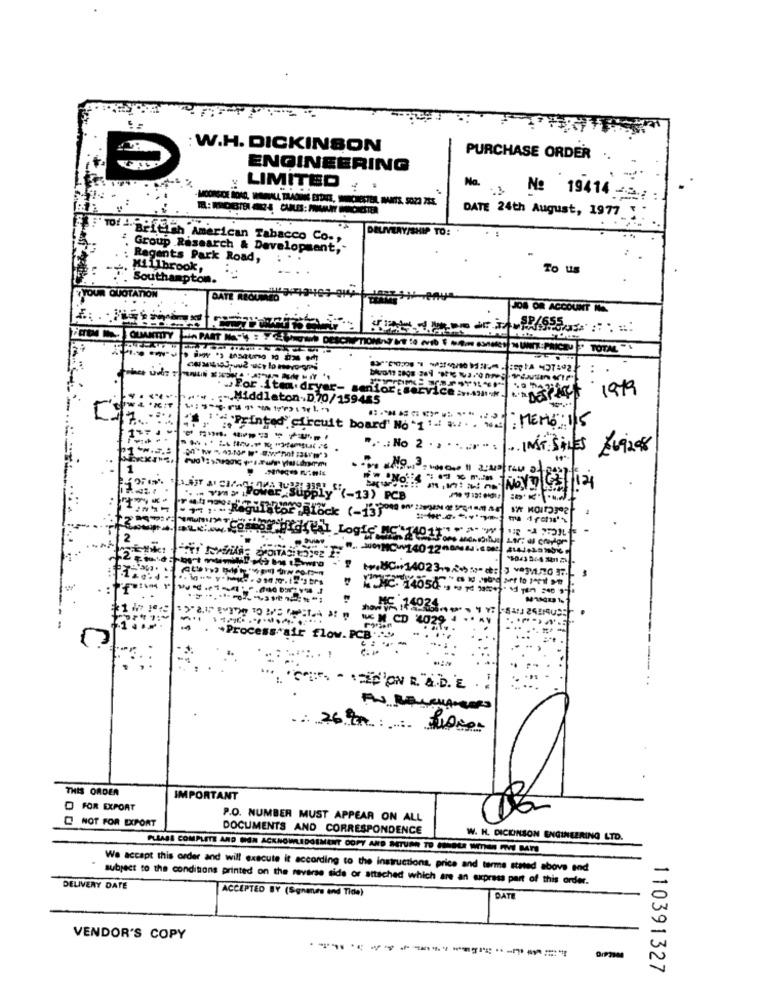
: W.H. DICKINSON
PURCHASE ORDER
ENGINEERING
LIMITED
. .
No.
--
No 19414 -.: :
DATE 24th August, 1977
DELIVERY/SHIP TO:
EFTOf -BELETh American Tabacco Co .,
Group Research & Development,
Regents Park Road,
Millbrook,
To us
Southampton.
OUR QUOTATION
ATE REOUMED
JOB OR ACCOUNT IS
OUMANTITY
Hin PART
UNIT PRICE " TOTAL "
For Iten dry
1979
:-. Middleton-D.70/
: MEMO: 115
""Printed circuit
1.7.5
INST.SILES 269208
(-13) PC
ulator Block (-13]
Edital Logie MC'T401
[101
. MC14012
14012"
1402
HC- 14050
set to Jest #
ME 14024.
EN CD 4
flow. PCB
THIS ORDER
IMPORTANT
FOR EXPORT
NOT FOR EXPORT
P.O. NUMBER MUST APPEAR ON ALL
DOCUMENTS AND CORRESPONDENCE
W. H. DICKINSON ENGINEERING LTD.
PLEASE COMPLETE AND MAN ACKNOWLEDGEMENT COPY AND NTURN TO MINGLE WITHIN FIVE MATE
We accept this order and will execute it according to the instructions, price and terme stated above end
subject to the conditions printed on the reverse side or attached which are an express part of this order.
DELIVERY DATE
ACCEPTED BY (Sgnenes end Tide)
DATE
VENDOR'S COPY
110391327